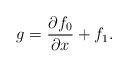
LaTeX: \begin{align*}g=\frac{\partial f_0}{\partial x}+f_1.\end{align*}